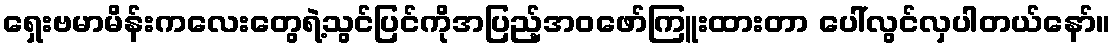
ရှေးဗမာမိန်းကလေးတွေရဲ့သွင်ပြင်ကိုအပြည့်အဝဖော်ကြူးထားတာ ပေါ်လွင်လှပါတယ်နော်။